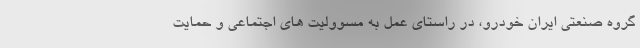
گروه صنعتی ایران خودرو، در راستای عمل به مسوولیت های اجتماعی و حمایت